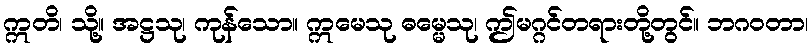
ဣတိ၊ သို့။ အဋ္ဌသု၊ ကုန်သော။ ဣမေသု ဓမ္မေသု၊ ဤမဂ္ဂင်တရားတို့တွင်။ ဘဂဝတာ၊